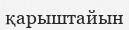
қарыштайын